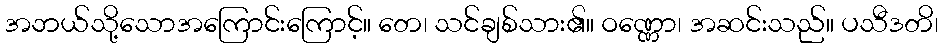
အဘယ်သို့သောအကြောင်းကြောင့်။ တေ၊ သင်ချစ်သား၏။ ဝဏ္ဏော၊ အဆင်းသည်။ ပသီဒတိ၊